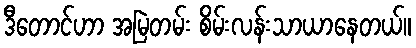
ဒီတောင်ဟာ အမြဲတမ်း စိမ်းလန်းသာယာနေတယ်။